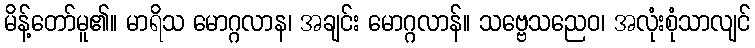
မိန့်တော်မူ၏။ မာရိသ မောဂ္ဂလာန၊ အချင်း မောဂ္ဂလာန်။ သဗ္ဗေသညေဝ၊ အလုံးစုံသာလျင်